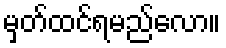
မှတ်ထင်ရမည်လော။